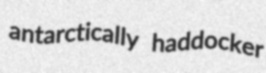
antarctically haddocker